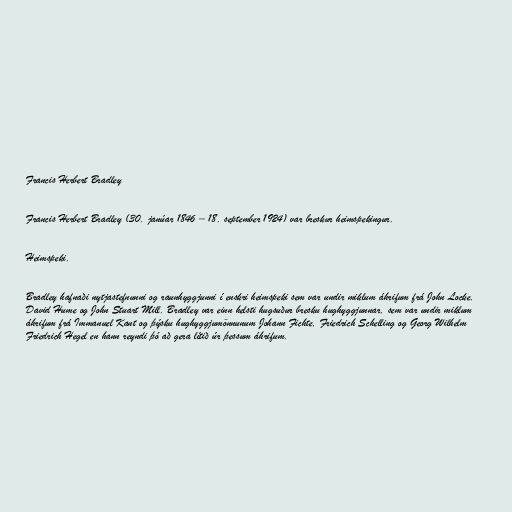
Francis Herbert Bradley

Francis Herbert Bradley (30. janúar 1846 – 18. september 1924) var breskur heimspekingur.

Heimspeki.

Bradley hafnaði nytjastefnunni og raunhyggjunni í enskri heimspeki sem var undir miklum áhrifum frá John Locke,
David Hume og John Stuart Mill. Bradley var einn helsti hugsuður bresku hughyggjunnar, sem var undir miklum
áhrifum frá Immanuel Kant og þýsku hughyggjumönnunum Johann Fichte, Friedrich Schelling og Georg Wilhelm
Friedrich Hegel en hann reyndi þó að gera lítið úr þessum áhrifum.